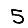
Digit: 5